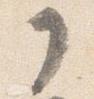
了